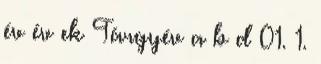
év év ek Tárgyév a b d 01. 1.